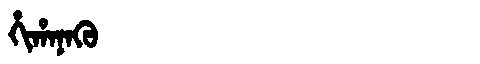
Manchu: ᡥᡳᡥᠠᠨᠠᡴᡠ
Romanization: HIHANAKU